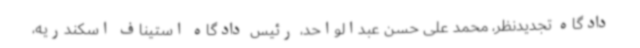
دادگاه تجدیدنظر، محمد علی حسن عبدالواحد، رئیس دادگاه استیناف اسکندریه،